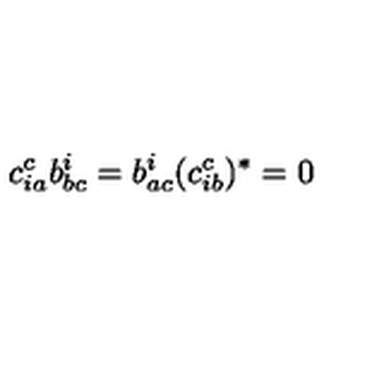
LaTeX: c _ { i a } ^ { c } b _ { b c } ^ { i } = b _ { a c } ^ { i } ( c _ { i b } ^ { c } ) ^ { * } = 0